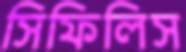
সিফিলিস